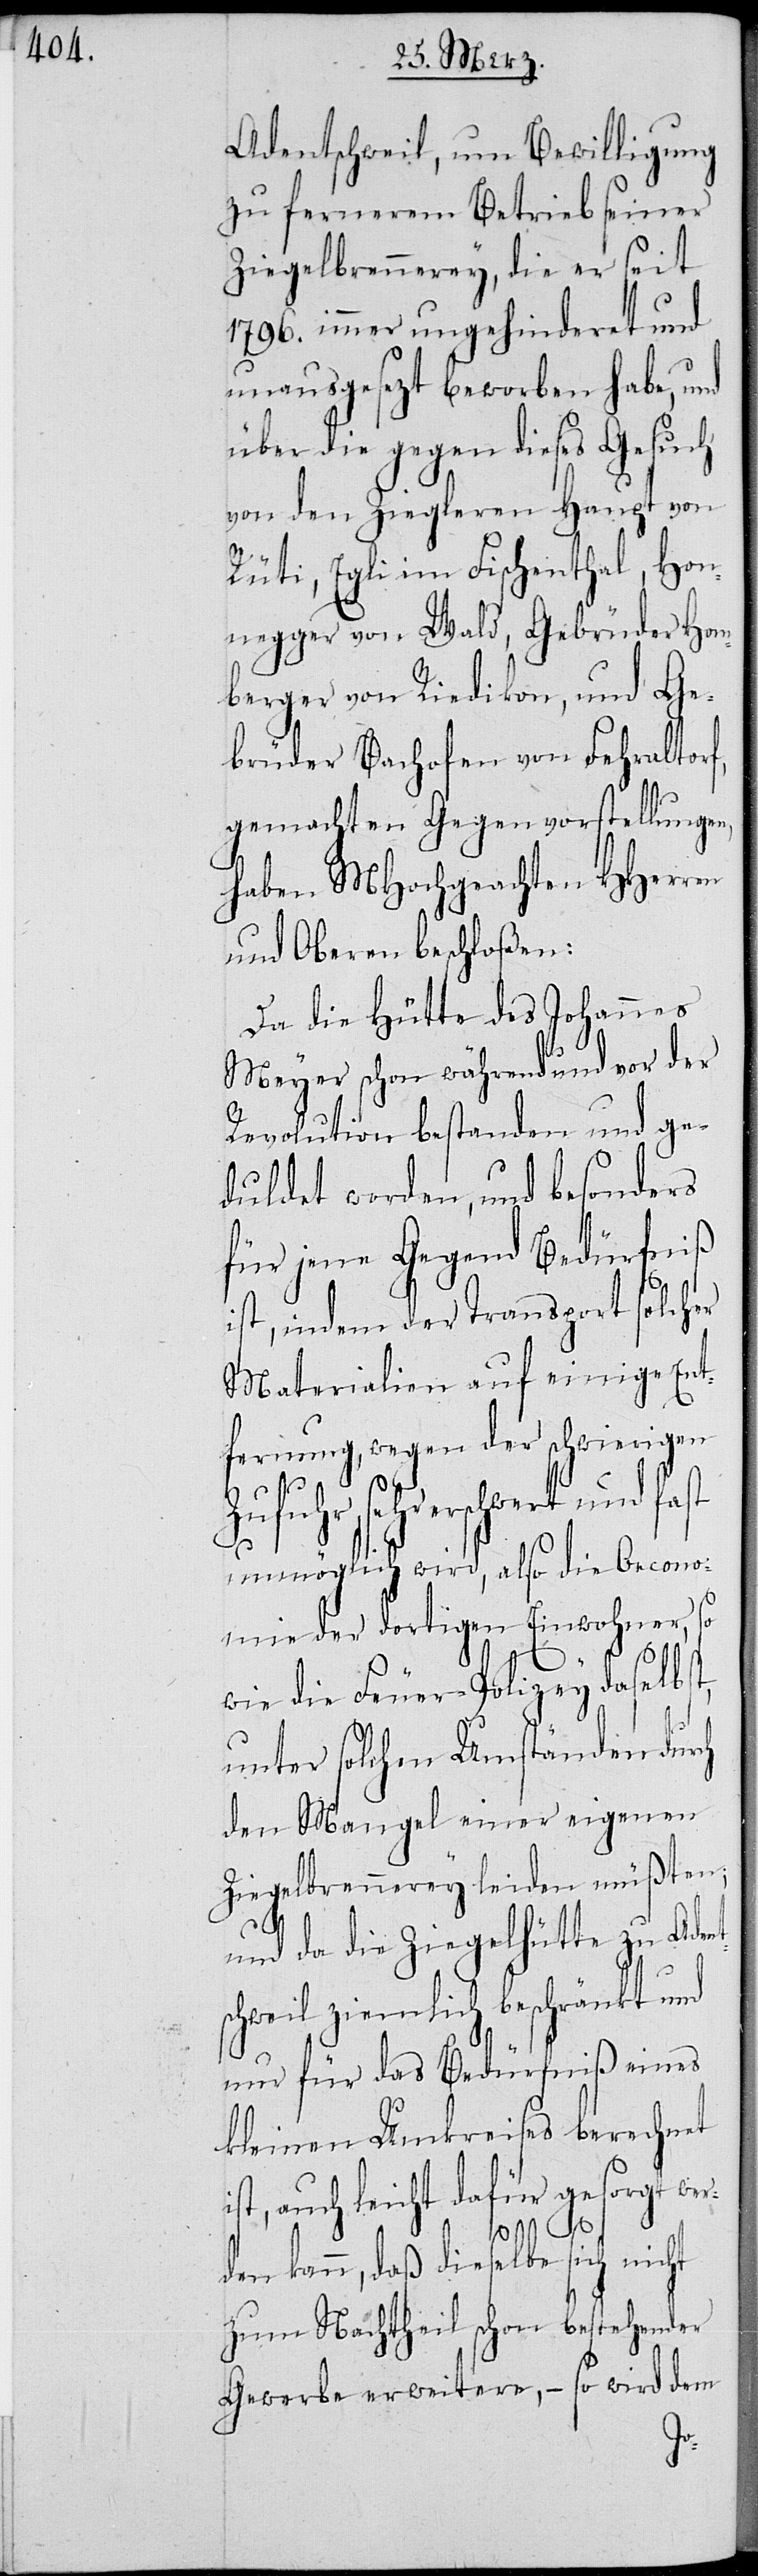
Adentschweil, um Bewilligung
zu fernerem Betrieb seiner
Ziegelbrennerey, die er seit
1796. immer ungehinderet und
unausgesetzt beworben habe, und
über die gegen dieses Gesuch
von den Ziegleren Haupt von
Rüti, Egli im Fischenthal, Hon¬
egger von Wald, Gebrüder Hom¬
berger von Riedikon, und Ge¬
brüder Bachofen von Fehraltorf,
gemachten Gegenvorstellungen,
haben MHochgeachten HHerren
und Oberen beschloßen:
Da die Hütte des Johannes
Meyer schon während und vor der
Revolution bestanden und ge¬
duldet worden, und besonders
für jene Gegend Bedürfniß
ist, indem der Transport solch¬
ents¬
Materialien auf ei¬
fernung, wegen der schwierigen
sehr erschwert und fast
unmöglich wird, also die Oecono¬
mie der dortigen Einwohner, so
wie die Feuer-Polizey daselbs¬
unter solchen Umständen dur¬
den Mangel einer eigenen
Ziegelbrennerey leiden müßten;
und da die Ziegelhütte zu Ad¬
chweil ziemlich beschränkt und
nur für das Bedürfniß eines
kleinen Umkreises berechnet
ist, auch leicht dafür gesorgt wer¬
den kann, daß dieselbe sich nicht
zum Nachtheil schon bestehender
Gewerbe erweitere, – so wird dem
ch